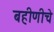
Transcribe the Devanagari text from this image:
बहीणीचे